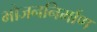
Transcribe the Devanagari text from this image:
भोजननिर्माण